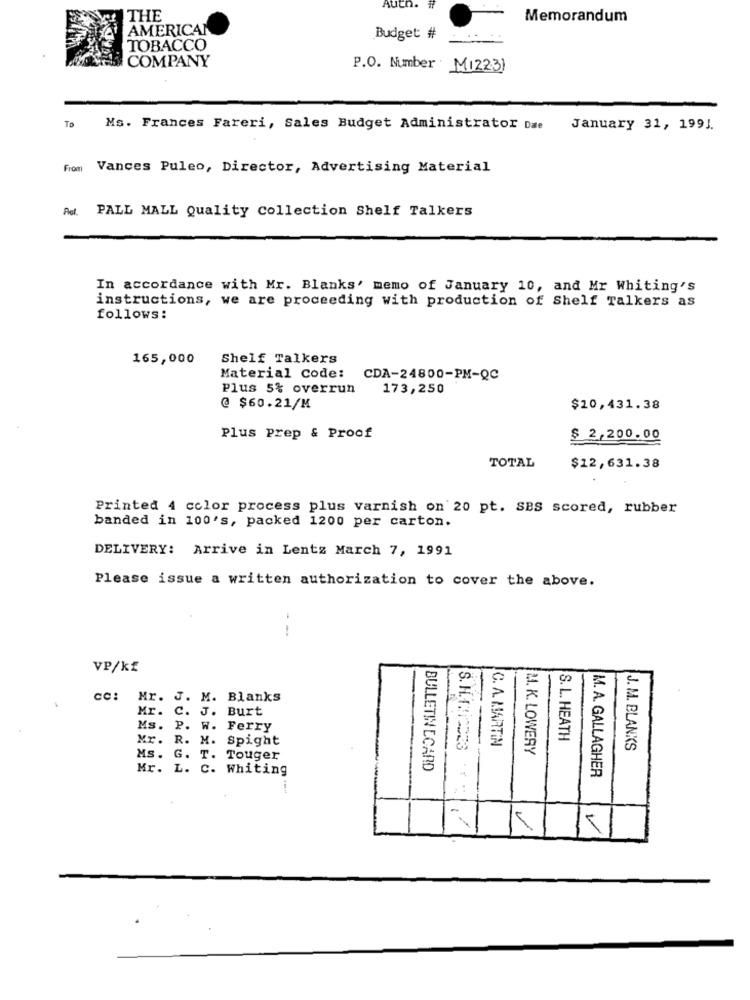
Autn.
THE
Memorandum
AMERICAN
Budget #
TOBACCO
COMPANY
P.O. Number M12231
To
Ms. Frances Fareri, Sales Budget Administrator Dae
January 31, 1991.
From
Vances Puleo, Director, Advertising Material
PALL MALL Quality Collection Shelf Talkers
In accordance with Mr. Blanks' memo of January 10, and Mr Whiting's
instructions, we are proceeding with production of Shelf Talkers as
follows:
165,000
Shelf Talkers
Material Code: CDA-24800-PM-QC
Plus 5% overrun
173,250
@ $60.21/M
$20,431.38
Plus Prep & Proof
$ 2,200.00
TOTAL
$12,631.38
Printed 4 color process plus varnish on 20 pt. SBS scored, rubber
banded in 100's, packed 1200 per carton.
DELIVERY: Arrive in Lentz March 7, 1991
Please issue a written authorization to cover the above.
--
VP/kf
cc: Mr. J. M. Blanks
Mr. C. J. Burt
Ms. P. W. Ferry
Mr. R. M. Spight
C. A. MARTIN
S. L. HEATH
S. H. 1.10023
M. K. LOWERY
J. M. BLANKS
Ms. G. T. Touger
Mr. L. C. Whiting
BULLETIN ECARD
M. A. GALLAGHER
/